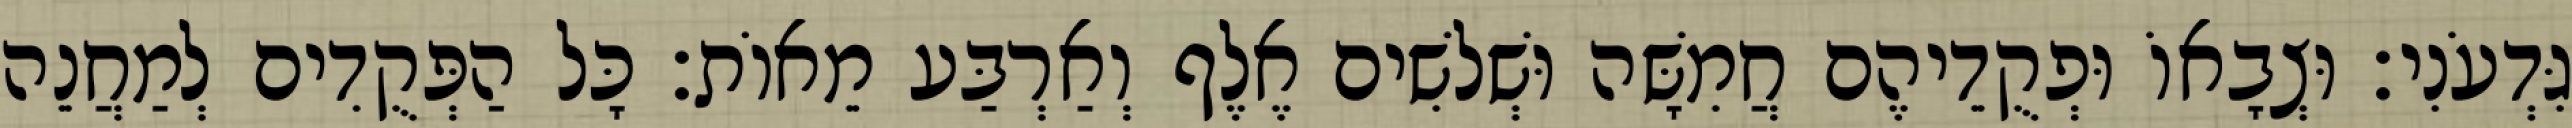
גִּדְעֹנִי׃ וּצְבָאוֹ וּפְקֻדֵיהֶם חֲמִשָּׁה וּשְׁלשִׁים אֶלֶף וְאַרְבַּע מֵאוֹת׃ כָּל הַפְּקֻדִים לְמַחֲנֵה